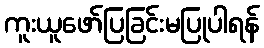
ကူးယူဖော်ပြခြင်းမပြုပါရန်